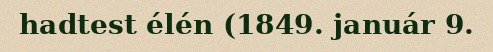
hadtest élén (1849. január 9.